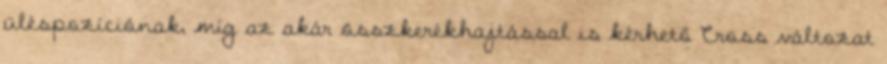
üléspozíciónak, míg az akár összkerékhajtással is kérhető Cross változat